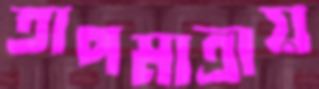
তাপমাত্রায়